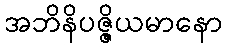
အဘိနိပဇ္ဇိယမာနော